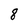
Character: 8